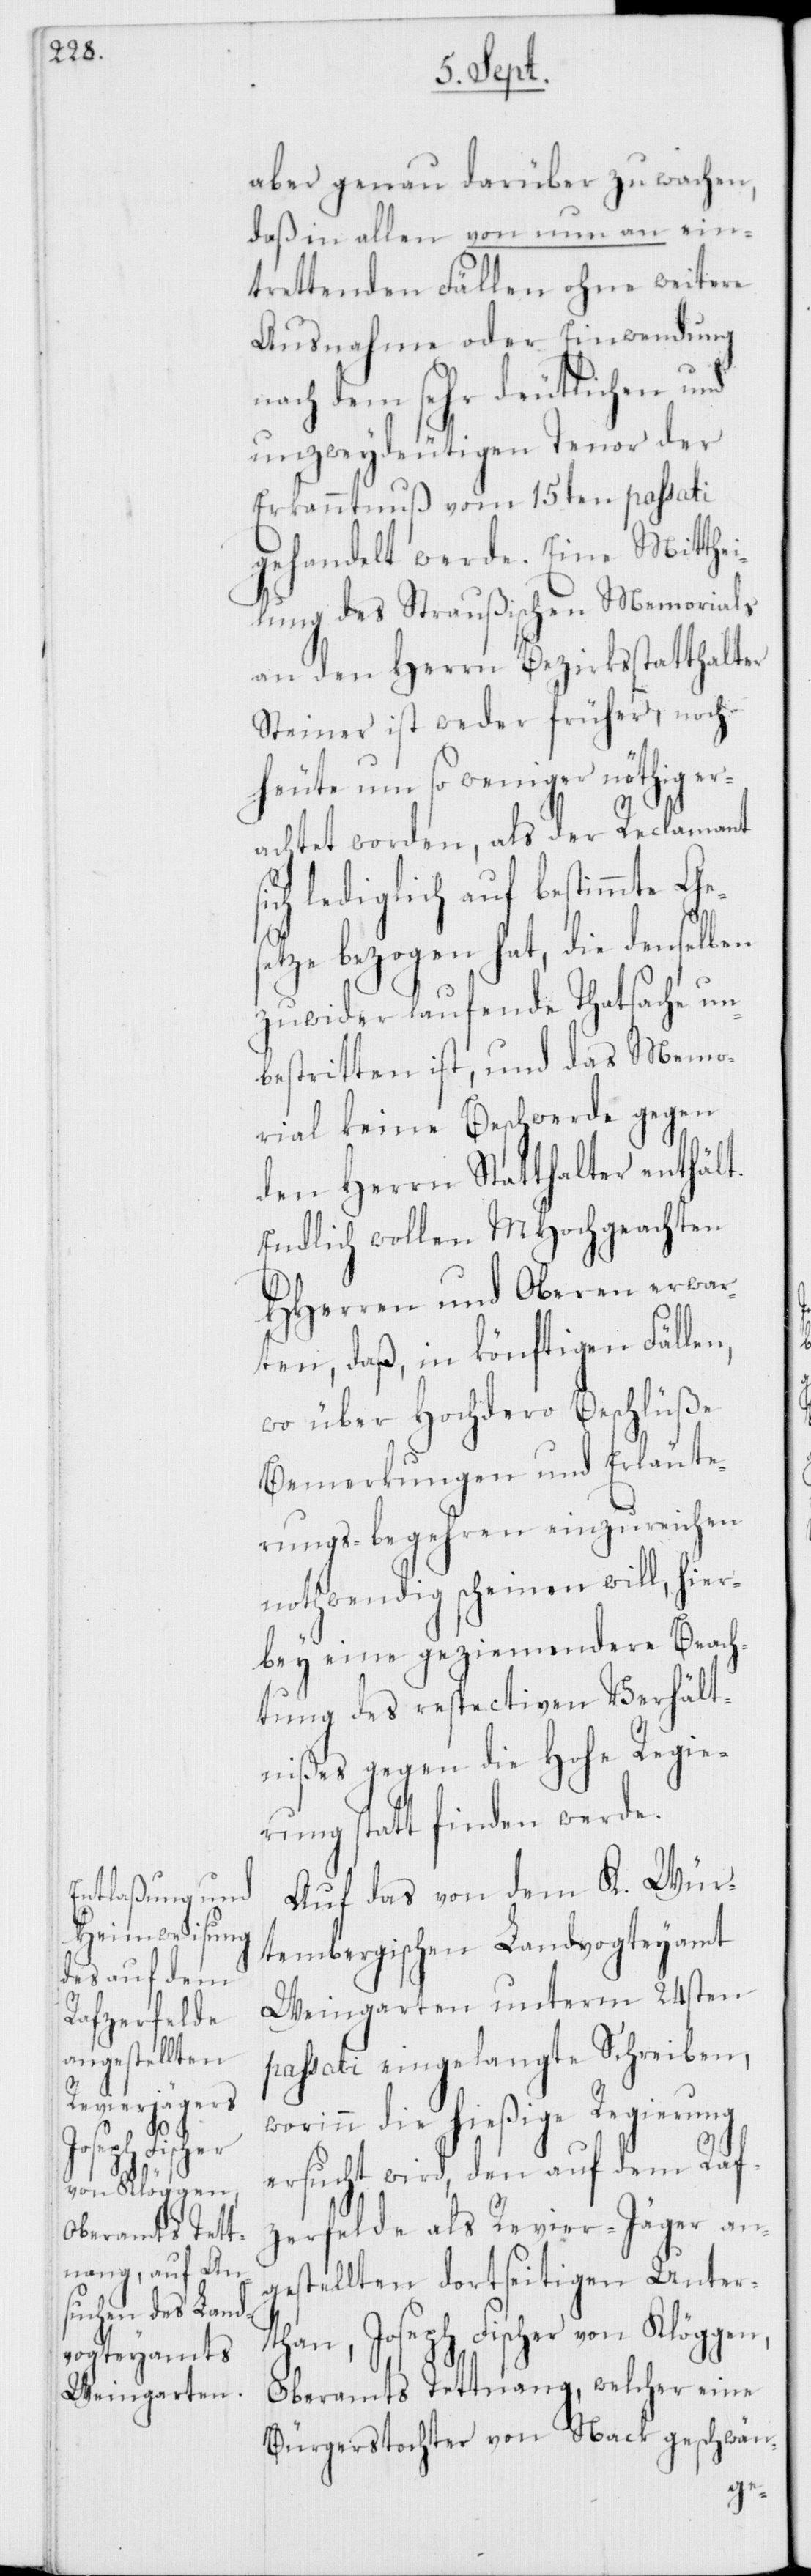
aber genau darüber zu wachen,
daß in allen von nun an ein¬
trettenden Fällen ohne weitere
Ausnahme oder Einwendung
nach dem sehr deutlichen und
unzweydeutigen Tenor der
Erkanntnuß vom 15ten passati
gehandelt werde. Eine Mitthe¬
ilung des Straußischen Memorials
an den Herrn Bezirksstatthalter
Steiner ist weder früher, noch
heute um so weniger nöthig er¬
achtet worden, als der Reclamant
ch lediglich auf bestimmte Ge¬
setze bezogen hat, die denselben
zuwider laufende Thatsache un¬
bestritten ist, und das Memo¬
rial keine Beschwerde gegen
den Herrn Statthalter enthält.
Endlich wollen MHochgeachten
HHerren und Oberen erwar¬
ten, daß, in könftigen Fällen,
wo über Hochdero Beschlüße
Bemerkungen und Erläute¬
rungs-begehren einzureichen
nothwendig scheinen will, hier¬
bey eine geziemendere Beach¬
tung des respectiven Verhält¬
nißes gegen die Hohe Regie¬
rung statt finden werde.
Auf das von dem K. Wür¬
tembergischen Landvogteyamt
Weingarten unterm 24sten
passati eingelangte Schreiben,
worinn die hießige Regierung
ersucht wird, den auf dem Raf¬
zerfelde als Revier-Jäger an¬
gestellten dortseitigen Unter¬
than, Joseph Fischer von Klöggen,
Oberamts Tettnang, welcher eine
Bürgerstochter von Nack geschwän-
si¬